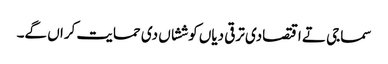
سماجی تے اقتصادی ترقی دیاں کوششاں دی حمایت کراں گے۔